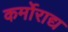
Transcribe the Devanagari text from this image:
कर्मोराद्य